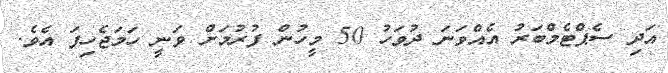
އަދި ސެޕްޓެމްބަރު އެއްވަނަ ދުވަހު 50 މީހުން ފުރުމަށް ވަނީ ހަމަޖެހިފަ އެވެ.